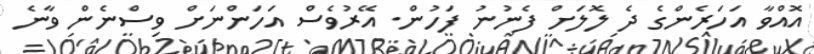
އޮއްވާ އަހަރެންގެ ދެ ލޮލަށް ފެނުނު ފަހުން. އޭރުވެސް އަހަންނަށް ވިސްނެން ވާނެ